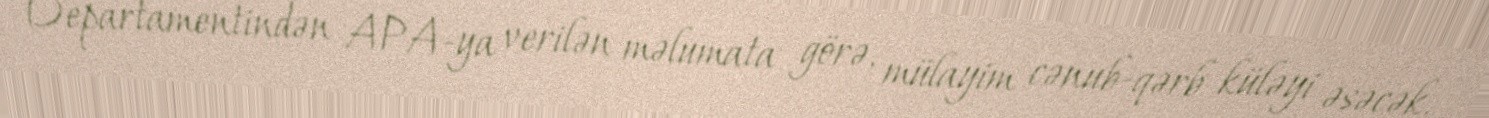
Departamentindən APA-ya verilən məlumata görə, mülayim cənub-qərb küləyi əsəcək.